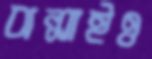
ঝল্‌সাইও